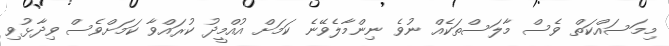
މިމަސައްކަތް ވެސް މާލަސްތަކެއް ނުވެ ނިންމާލެވޭނެ ކަމަށް އުއްމީދު ކުރައްވާ ކަމަށްވެސް ވިދާޅުވި